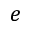
e